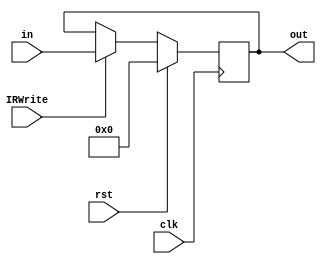
module IR_REGISTER(out, in, rst, clk, IRWrite);

output reg [15:0] out;
input [15:0] in;
input clk,IRWrite,rst;

always@ (posedge clk) begin
if(rst) out = 0;
else if(IRWrite) out = in;
end

endmodule